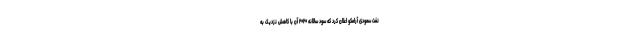
نفت سعودی آرامکو اعلان کرد که سود سالانه ۲۰۲۰ آن با کاهش نزدیک به